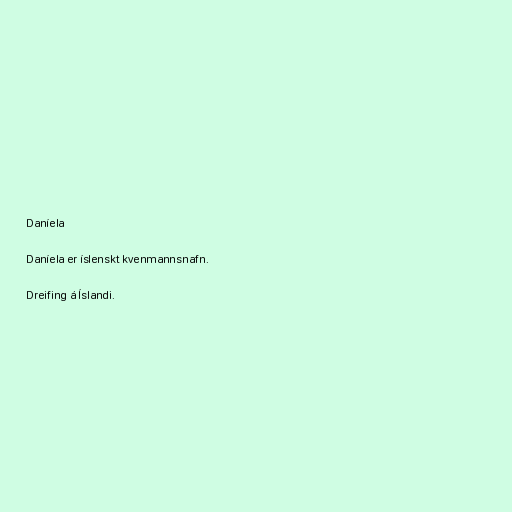
Daníela

Daníela er íslenskt kvenmannsnafn.

Dreifing á Íslandi.